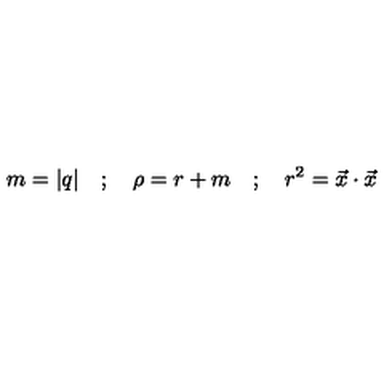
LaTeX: m = | q | \quad ; \quad \rho = r + m \quad ; \quad r ^ { 2 } = { \vec { x } } \cdot { \vec { x } }